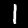
Digit: 1